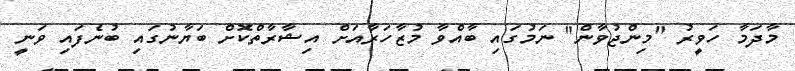
މާދަމާ ހަވީރު "މިންޖުވާން" ނަމުގައި ބާއްވާ މުޒާހަރާއަށް އިޝާރާތްކޮށް ބަޔާނުގައި ބުނެފައި ވަނީ